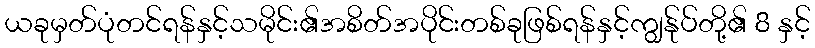
ယခုမှတ်ပုံတင်ရန်နှင့်သမိုင်း၏အစိတ်အပိုင်းတစ်ခုဖြစ်ရန်နှင့်ကျွန်ုပ်တို့၏ 8 နှင့်